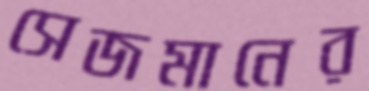
সেজমানের